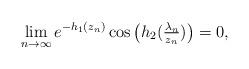
LaTeX: \begin{align*} \lim_{n \to \infty} e^{-h_1 (z_n)} \cos \big(h_2 (\tfrac{\lambda_n}{z_n})\big) = 0, \end{align*}